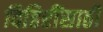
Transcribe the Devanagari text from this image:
विहिरींसाठी